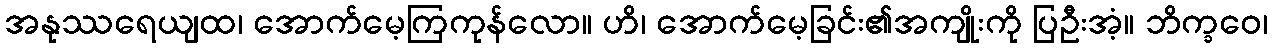
အနုဿရေယျထ၊ အောက်မေ့ကြကုန်လော။ ဟိ၊ အောက်မေ့ခြင်း၏အကျိုးကို ပြဦးအံ့။ ဘိက္ခဝေ၊